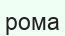
рома